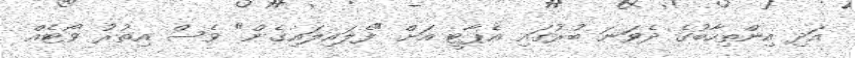
އަދި އިންތިހާބުގެ ދެވަނަ ބުރުގައި އެޕާޓީ އަށް "ފެލައިލައިގެން" ވެސް އިތުރު ވޯޓެއް